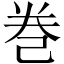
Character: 巻